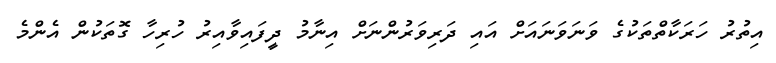
އިތުރު ހަރަކާތްތަކުގެ ވަނަވަނައަށް އައި ދަރިވަރުންނަށް އިނާމު ދީފައިވާއިރު ހުރިހާ ގޮތަކުން އެންމެ